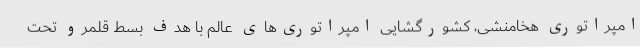
امپراتوری هخامنشی، کشورگشایی امپراتوری‌های عالم با هدف بسط قلمرو تحت